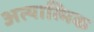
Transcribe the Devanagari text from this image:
अत्यात्मिक